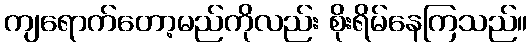
ကျရောက်တော့မည်ကိုလည်း စိုးရိမ်နေကြသည်။